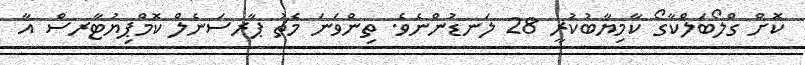
ކޮށް ގްލޯބަލްކާގޯ ކާމިޔާބުކުރީ 28 ލަނޑުންނެވެ. ތިންވަނަ މެޗު ޕާރސަނެލް ކޮމްޕިޔުޓާރސް އާ